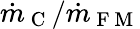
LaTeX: \dot{m}_{\mathrm{~C~}}/\dot{m}_{\mathrm{~F~M~}}